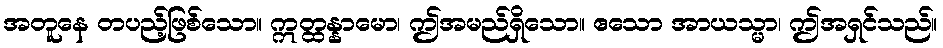
အတူနေ တပည့်ဖြစ်သော။ ဣတ္ထန္နာမော၊ ဤအမည်ရှိသော။ ဧသော အာယသ္မာ၊ ဤအရှင်သည်။